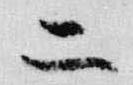
二